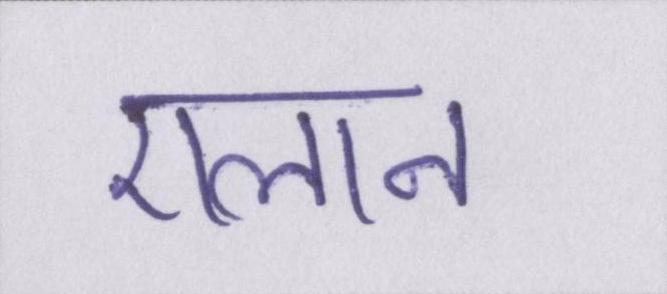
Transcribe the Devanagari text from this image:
एलान